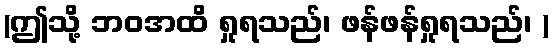
(ဤသို့ ဘဝအထိ ရှုရသည်၊ ဖန်ဖန်ရှုရသည်၊ )